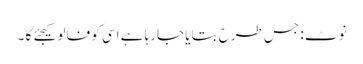
نوٹ : جس طرح بتایا جارہا ہے اسی کو فالو کیجئے گا ۔